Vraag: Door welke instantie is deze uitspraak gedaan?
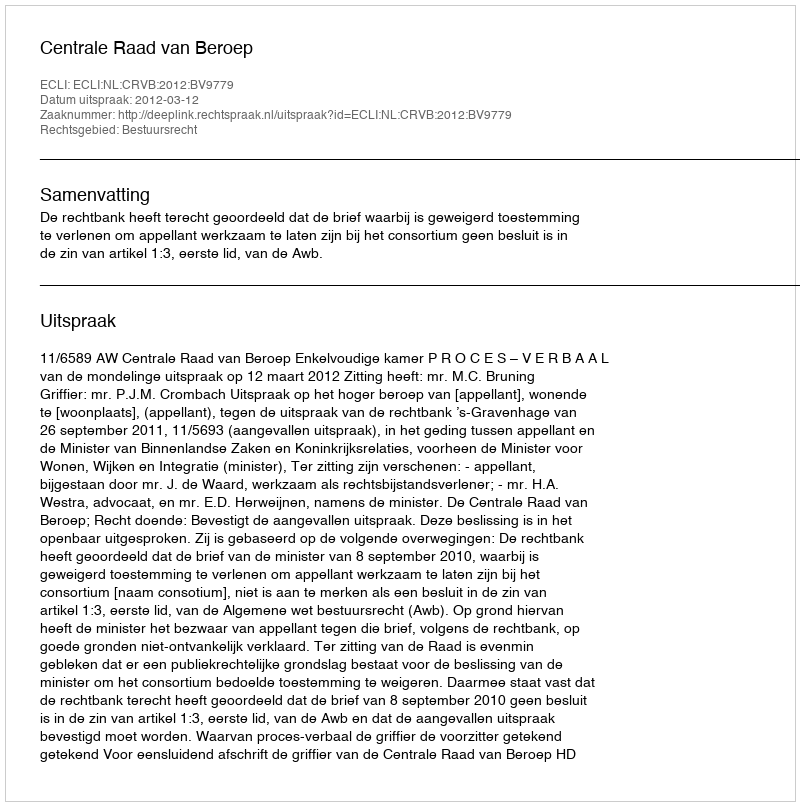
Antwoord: Centrale Raad van Beroep